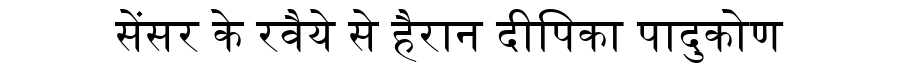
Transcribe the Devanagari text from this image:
सेंसर के रवैये से हैरान दीपिका पादुकोण